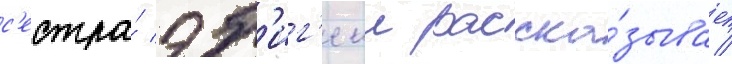
с'естра́ эб'иг'еил расска́зывает /